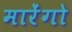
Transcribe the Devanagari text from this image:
मारेंगो